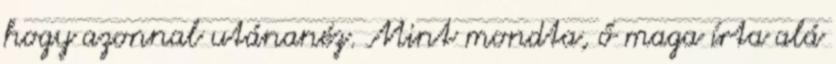
hogy azonnal utánanéz. Mint mondta, ő maga írta alá